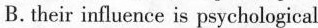
B. their influence is psychological